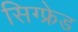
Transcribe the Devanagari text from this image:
सिग्फ्रेड